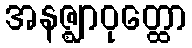
အနဇ္ဈာဝုတ္ထော